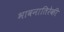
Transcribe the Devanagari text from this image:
भावनातिरेकी